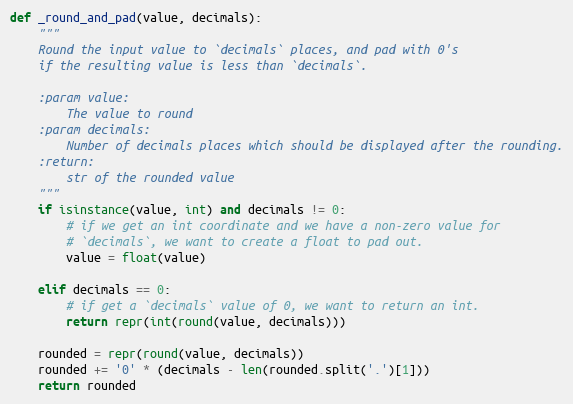
Language: Python
def _round_and_pad(value, decimals):
    """
    Round the input value to `decimals` places, and pad with 0's
    if the resulting value is less than `decimals`.

    :param value:
        The value to round
    :param decimals:
        Number of decimals places which should be displayed after the rounding.
    :return:
        str of the rounded value
    """
    if isinstance(value, int) and decimals != 0:
        # if we get an int coordinate and we have a non-zero value for
        # `decimals`, we want to create a float to pad out.
        value = float(value)

    elif decimals == 0:
        # if get a `decimals` value of 0, we want to return an int.
        return repr(int(round(value, decimals)))

    rounded = repr(round(value, decimals))
    rounded += '0' * (decimals - len(rounded.split('.')[1]))
    return rounded